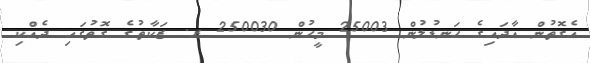
އެގޮތުން އާދައިގެ ހަނޑުލުން 25003 މީހުން 250030 ރ. ޒަކާތުގެ ގޮތުގައި ދެއްކި